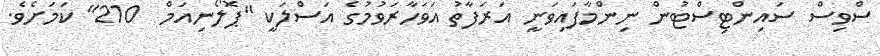
ސްވިސް ސައިންޓިސްޓުން ނިންމާފައިވަނީ އަރަފާތު އަވަހާރަވުމުގެ އަސްލަކީ "ޕޮލޯނިއަމް  210" ކަމަށެވެ.